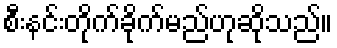
စီးနင်းတိုက်ခိုက်မည်ဟုဆိုသည်။